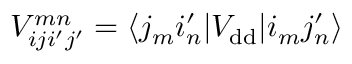
V _ { i j i ^ { \prime } j ^ { \prime } } ^ { m n } = \langle j _ { m } i _ { n } ^ { \prime } | V _ { \mathrm { d d } } | i _ { m } j _ { n } ^ { \prime } \rangle